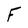
Character: F